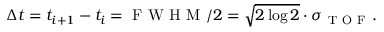
\Delta t = t _ { i + 1 } - t _ { i } = \mathrm { ~ F ~ W ~ H ~ M ~ } / 2 = \sqrt { 2 \log 2 } \cdot \sigma _ { \mathrm { ~ T ~ O ~ F ~ } } .